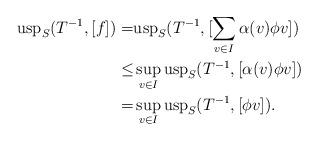
LaTeX: \begin{align*}\mathrm{usp}_S(T^{-1},[f])=&\mathrm{usp}_S(T^{-1},[\sum_{v\in I} \alpha(v)\phi v])\\\leq& \sup_{v\in I} \mathrm{usp}_S(T^{-1},[\alpha(v)\phi v])\\=& \sup_{v\in I} \mathrm{usp}_S(T^{-1},[\phi v]).\end{align*}